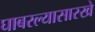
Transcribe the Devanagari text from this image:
घाबरल्यासारखे